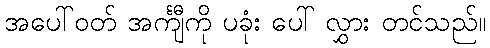
အပေါ်ဝတ် အင်္ကျီကို ပခုံး ပေါ် လွှား တင်သည်။